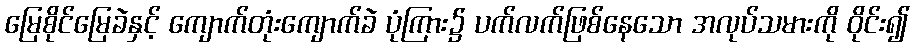
မြေစိုင်မြေခဲနှင့် ကျောက်တုံးကျောက်ခဲ ပုံကြား၌ ပက်လက်ဖြစ်နေသော အလုပ်သမားကို ဝိုင်း၍